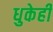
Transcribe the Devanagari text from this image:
धुकेही